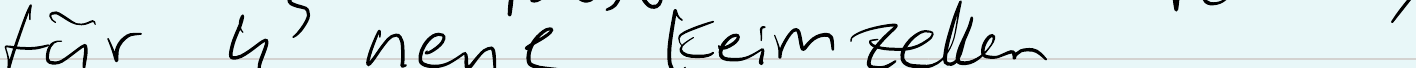
für 4 neue Keimzellen